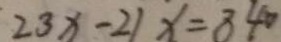
2 3 x - 2 1 x = 8 4 0